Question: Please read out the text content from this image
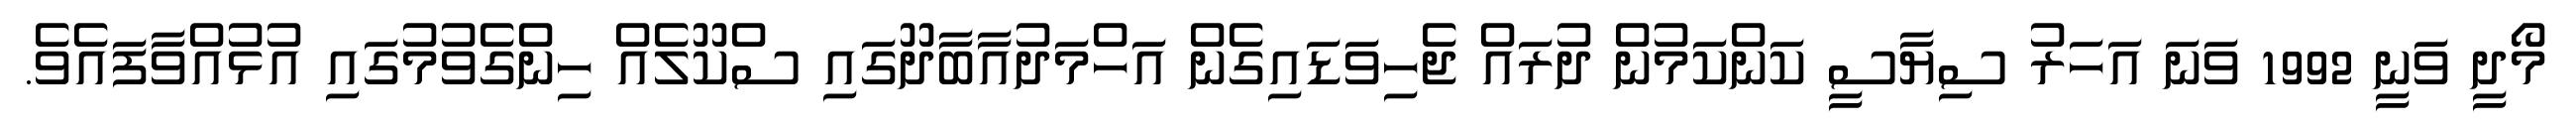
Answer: މޯދީ ވަނީ 1992 ވަނަ އަހަރު ސިޔާސީ ކަންކަމުން ދުރައް ޖެހިވަޑައިގެން އަހްމަދުއާބާދޫގައި ސްކޫލެއް ހިންގެވުމުގައި އުޅުއްވާފައެވެ.